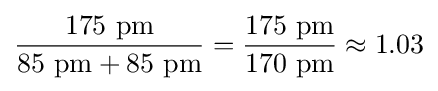
{\frac {175\ {\text{pm}}}{85\ {\text{pm}}+85\ {\text{pm}}}}={\frac {175\ {\text{pm}}}{170\ {\text{pm}}}}\approx 1.03